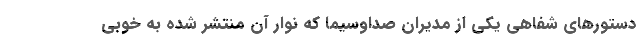
دستورهای شفاهی یكی از مدیران صداوسیما كه نوار آن منتشر شده به خوبی